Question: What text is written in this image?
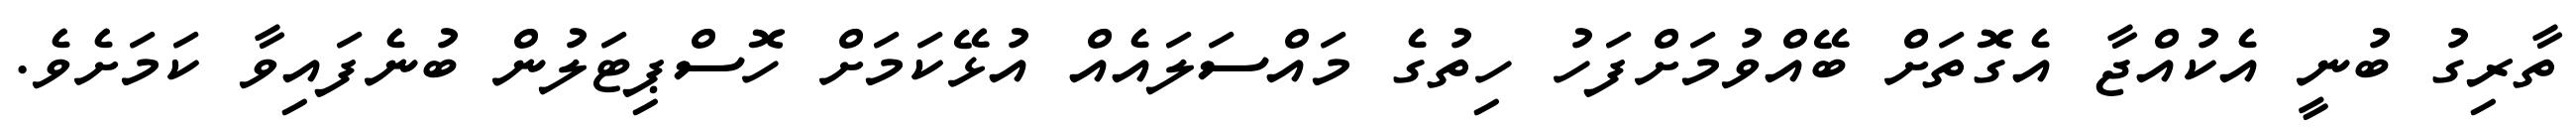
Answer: ތާރިގު ބުނީ އެކުއްޖާ އެގޮތަށް ބޭއްވުމަށްފަހު ހިތުގެ މައްސަލައެއް އުޅޭކަމަށް ހޮސްޕިޓަލުން ބުނެފައިވާ ކަމަށެވެ.